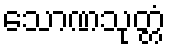
သောဏသုတ္တံ